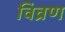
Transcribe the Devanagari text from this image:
विव्रण